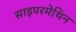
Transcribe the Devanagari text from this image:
साइपरमेथिन